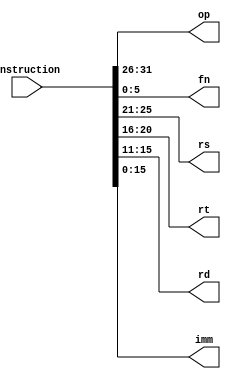
module instr_cache(instruction,op,fn,rs,rt,rd,imm);

input [31:0]instruction;
output [5:0]op,fn;
output [4:0]rs,rt,rd;
output [15:0]imm;

assign op=instruction[31:26];
assign fn=instruction[5:0];
assign rs=instruction[25:21];
assign rt=instruction[20:16];
assign rd=instruction[15:11];
assign imm=instruction[15:0];

endmodule

//verified